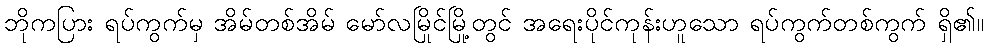
ဘိုကပြား ရပ်ကွက်မှ အိမ်တစ်အိမ် မော်လမြိုင်မြို့တွင် အရေးပိုင်ကုန်းဟူသော ရပ်ကွက်တစ်ကွက် ရှိ၏။